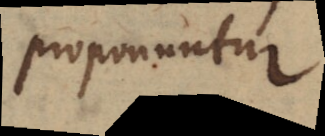
proponuntur